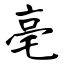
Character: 亳